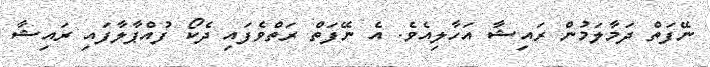
ނޭފަތް ދަމާލަމުން ރައިޝާ އަހާލިއެވެ. އެ ނޭފަތް ރަތްވެފައި ދެކޯ ފުއްޕާލާފައި ރައިޝާ